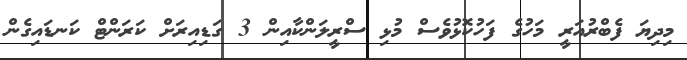
މިދިޔަ ފެބްރުއަރީ މަހުގެ ފަހުކޮޅުވެސް މުޅި ސްރީލަންކާއިން 3 ގަޑިއިރަށް ކަރަންޓް ކަނޑައިގެން